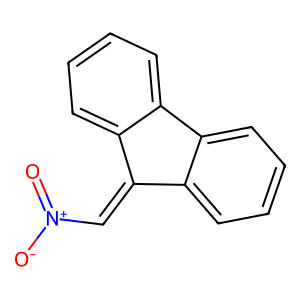
SMILES: O=[N+]([O-])C=C1c2ccccc2-c2ccccc21
Inhibits HIV replication: No